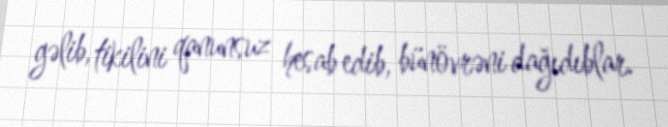
gəlib, tikilini qanunsuz hesab edib, bünövrəni dağıdıblar.